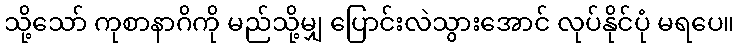
သို့သော် ကုစာနာဂိကို မည်သို့မျှ ပြောင်းလဲသွားအောင် လုပ်နိုင်ပုံ မရပေ။